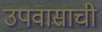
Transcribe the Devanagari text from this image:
उपवासाची